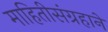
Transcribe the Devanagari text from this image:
माहितीसंग्रहाने